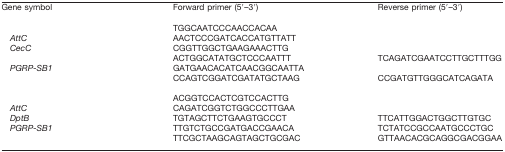
<table><thead><tr><td><b>Gene symbol</b></td><td><b>Forward primer (5′–3′)</b></td><td><b>Reverse primer (5′–3′)</b></td></tr></thead><tbody><tr><td>[EMPTY_CELL]</td><td>[EMPTY_CELL]</td><td>[EMPTY_CELL]</td></tr><tr><td>[EMPTY_CELL]</td><td>TGGCAATCCCAACCACAA</td><td>[EMPTY_CELL]</td></tr><tr><td><i>AttC</i></td><td>AACTCCCGATCACCATGTTATT</td><td>[EMPTY_CELL]</td></tr><tr><td><i>CecC</i></td><td>CGGTTGGCTGAAGAAACTTG</td><td>[EMPTY_CELL]</td></tr><tr><td>[EMPTY_CELL]</td><td>ACTGGCATATGCTCCCAATTT</td><td>TCAGATCGAATCCTTGCTTTGG</td></tr><tr><td><i>PGRP-SB1</i></td><td>GATGAACACATCAACGGCAATTA</td><td>[EMPTY_CELL]</td></tr><tr><td>[EMPTY_CELL]</td><td>CCAGTCGGATCGATATGCTAAG</td><td>CCGATGTTGGGCATCAGATA</td></tr><tr><td>[EMPTY_CELL]</td><td>[EMPTY_CELL]</td><td>[EMPTY_CELL]</td></tr><tr><td>[EMPTY_CELL]</td><td>ACGGTCCACTCGTCCACTTG</td><td>[EMPTY_CELL]</td></tr><tr><td><i>AttC</i></td><td>CAGATCGGTCTGGCCCTTGAA</td><td>[EMPTY_CELL]</td></tr><tr><td><i>DptB</i></td><td>TGTAGCTTCTGAAGTGCCCT</td><td>TTCATTGGACTGGCTTGTGC</td></tr><tr><td><i>PGRP-SB1</i></td><td>TTGTCTGCCGATGACCGAACA</td><td>TCTATCCGCCAATGCCCTGC</td></tr><tr><td>[EMPTY_CELL]</td><td>TTCGCTAAGCAGTAGCTGCGAC</td><td>GTTAACACGCAGGCGACGGAA</td></tr></tbody></table>